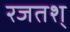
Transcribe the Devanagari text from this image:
रजतश्